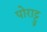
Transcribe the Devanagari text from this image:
पोराट्टु